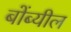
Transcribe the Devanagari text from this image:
बोंब्यील